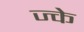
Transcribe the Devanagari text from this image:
ज्के